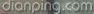
dianping.com